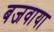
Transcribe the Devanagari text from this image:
बजवाया